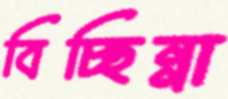
বিচ্ছিন্না